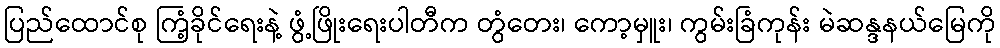
ပြည်ထောင်စု ကြံ့ခိုင်ရေးနဲ့ ဖွံ့ဖြိုးရေးပါတီက တွံတေး၊ ကော့မှူး၊ ကွမ်းခြံကုန်း မဲဆန္ဒနယ်မြေကို